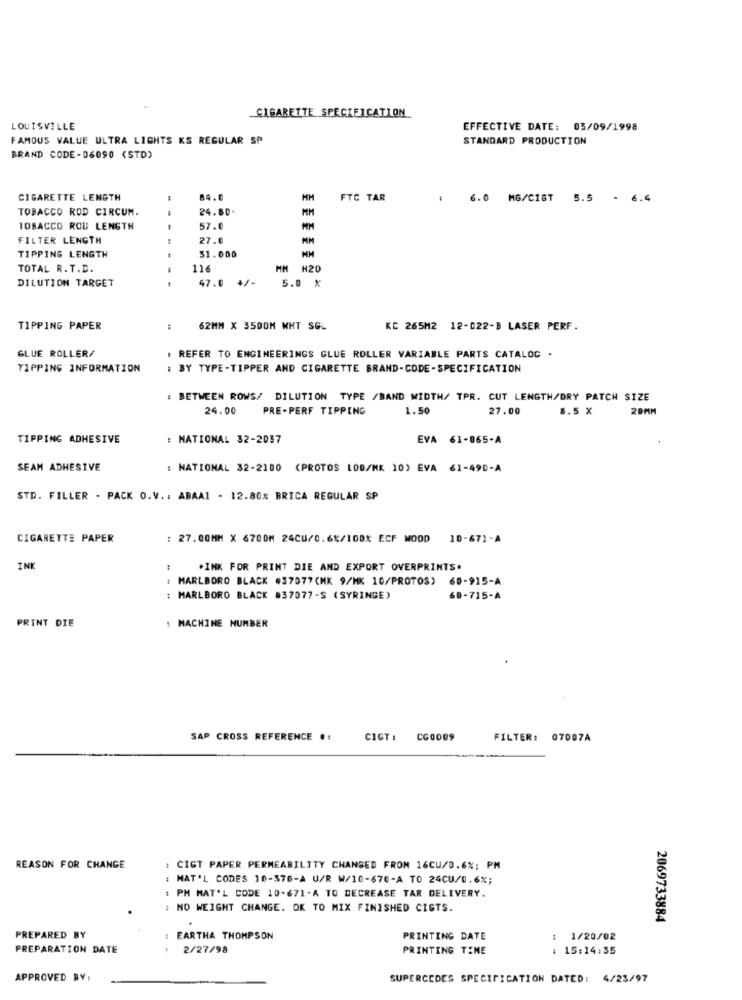
CIGARETTE SPECIFICATION
LOUISVILLE
EFFECTIVE DATE: 03/09/1998
FAMOUS VALUE ULTRA LIGHTS KS REGULAR SP
STANDARD PRODUCTION
BRAND CODE-06090 (STD)
CIGARETTE LENGTH
84.0
MM
FTC TAR
6.0 MG/CIST 5.5 - 6.4
TOBACCO ROD CIRCUM.
24.80+
MM
TOBACCO ROU LENGTH
57.0
FILTER LENGTH
27.
MM
TIPPING LENGTH
31.000
TOTAL R. T.D.
116
MM H20
47.0 +/-
DILUTION TARGET
5.0 %
TIPPING PAPER
62MM X 3500M WHT SGL
KC 265M2 12-022-B LASER PERF.
GLUE ROLLER/
REFER TO ENGINEERINGS GLUE ROLLER VARIABLE PARTS CATALOG
TIPPING INFORMATION
: BY TYPE-TIPPER AND CIGARETTE BRAND-CODE-SPECIFICATION
: BETWEEN ROWS/ DILUTION TYPE /BAND WIDTH/ TPR. CUT LENGTH/DRY PATCH SIZE
24.00
PRE-PERF TIPPENG
1.50
27.00
8.5 X
20MM
TIPPING ADHESIVE
: NATIONAL 32-2037
EVA 61-065-A
SEAM ADHESIVE
: NATIONAL 32-2100 (PROTOS LOD/MK 10) EVA 61-490-A
STD. FILLER - PACK O.V .: ABAA1 - 12.80% BRICA REGULAR SP
CIGARETTE PAPER
: 27.00MM X 6700M 24CU/0.68/100X ECF MOOD
10-671-A
INK
.INK FOR PRINT DIE AND EXPORT OVERPRINTS.
MARLBORO BLACK #37077(HK 9/HK 10/PROTOS) 60-915-A
MARLBORO BLACK #37077-S (SYRINGE)
68-715-A
PRINT DIE
MACHINE NUMBER
SAP CROSS REFERENCE .:
CIGT :
CG0009
FILTER: 07007A
REASON FOR CHANGE
: CIGT PAPER PERMEABILITY CHANGED FROM 16CU/0.6%; PM
: NAT'L CODES 10-370-A U/R W/10-670-A TO 24CU/0.6%;
: PH MAT'L CODE 10-671-A TO DECREASE TAR DELIVERY.
: NO WEIGHT CHANGE. OK TO MIX FINISHED CIGTS.
2069733884
PREPARED BY
EARTHA THOMPSON
PRINTING DATE
: 1/20/02
PREPARATION DATE
2/27/98
PRINTING TENE
15:14:35
APPROVED BY:
SUPERCCDES SPECIFICATION DATED: 4/23/97